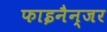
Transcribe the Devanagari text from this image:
फाइनैन्जर